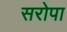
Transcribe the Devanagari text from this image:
सरोपा